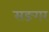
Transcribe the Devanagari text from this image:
सङगर